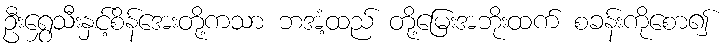
ဦးရွှေသီးနှင့်စိန်အေးတို့ကသာ ဘအံ့ထည် တို့မြေးအဘိုးထက် စခန်းကိုစော၍